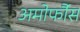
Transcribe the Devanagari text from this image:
अमोर्फौस